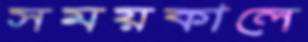
সময়কালে